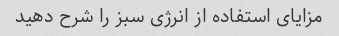
مزایای استفاده از انرژی سبز را شرح دهید